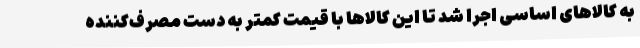
به کالاهای اساسی اجرا شد تا این کالاها با قیمت کمتر به دست مصرف‌کننده